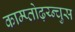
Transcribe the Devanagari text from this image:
काम्प्तोढ़य्न्चुस